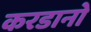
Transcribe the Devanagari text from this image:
करडानो